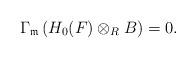
LaTeX: \begin{align*} \Gamma_{\mathfrak{m}}\left(H_{0}(F)\otimes_{R}B\right)=0.\end{align*}